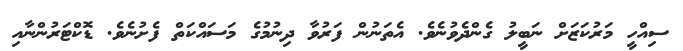
ސިއްހީ މަރުކަޒަށް ނަބީލު ގެންދެވުނެވެ. އެތަނުން ފަރުވާ ދިނުމުގެ މަސައްކަތް ފެށުނެވެ. ޑޮކްޓަރުންނާއި